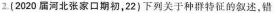
2.（2020届河北张家口期初，22）下列关于种群特征的叙述，错